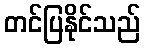
တင်ပြနိုင်သည်